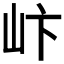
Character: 𪨨